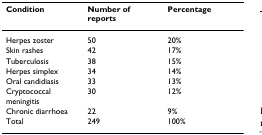
<table><thead><tr><td><b>Condition</b></td><td><b>Number of reports</b></td><td><b>Percentage</b></td></tr></thead><tbody><tr><td>Herpes zoster</td><td>50</td><td>20%</td></tr><tr><td>Skin rashes</td><td>42</td><td>17%</td></tr><tr><td>Tuberculosis</td><td>38</td><td>15%</td></tr><tr><td>Herpes simplex</td><td>34</td><td>14%</td></tr><tr><td>Oral candidiasis</td><td>33</td><td>13%</td></tr><tr><td>Cryptococcal meningitis</td><td>30</td><td>12%</td></tr><tr><td>Chronic diarrhoea</td><td>22</td><td>9%</td></tr><tr><td>Total</td><td>249</td><td>100%</td></tr></tbody></table>